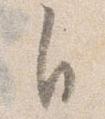
自